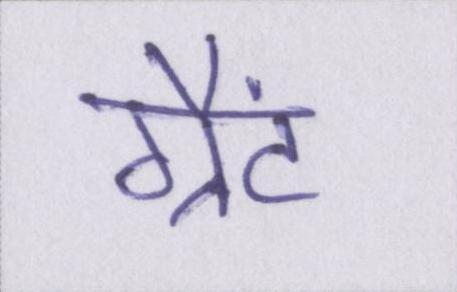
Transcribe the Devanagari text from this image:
ग्रैंट